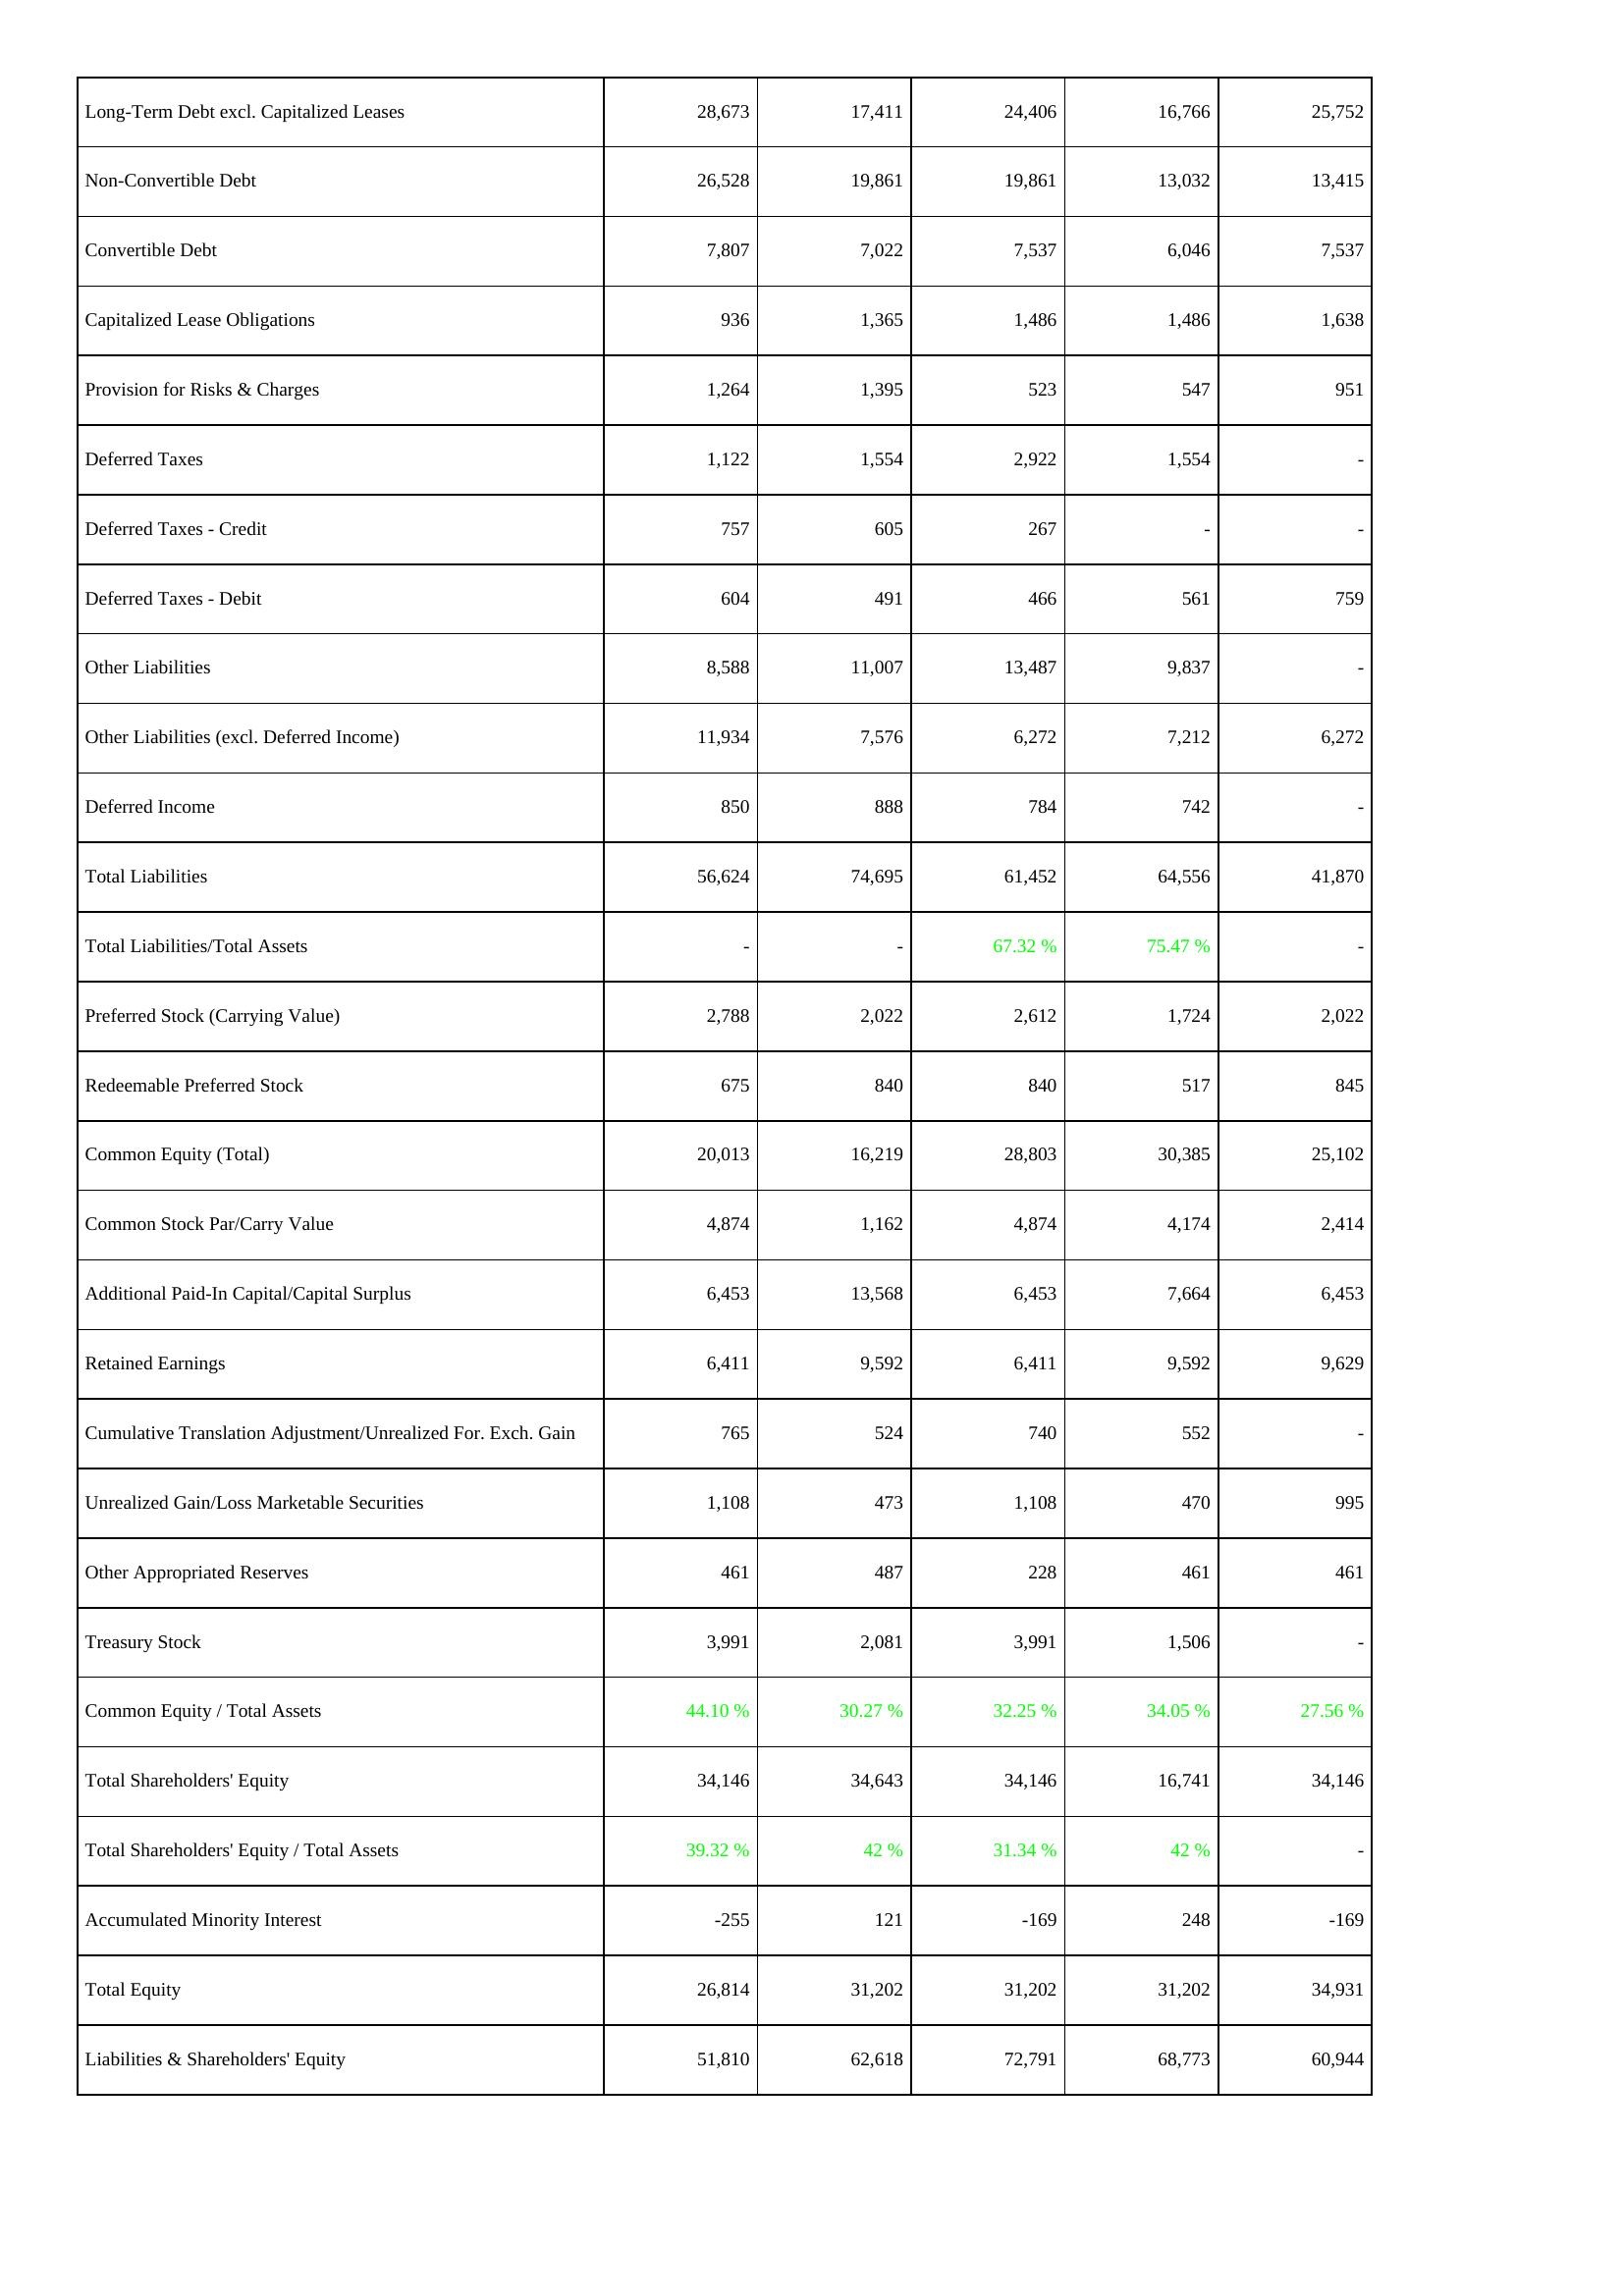
2011: Liabilities & Shareholders' Equity: Long-Term Debt excl. Capitalized Leases: 28,673
Non-Convertible Debt: 26,528
Convertible Debt: 7,807
Capitalized Lease Obligations: 936
Provision for Risks & Charges: 1,264
Deferred Taxes: 1,122
Deferred Taxes - Credit: 757
Deferred Taxes - Debit: 604
Other Liabilities: 8,588
Other Liabilities (excl. Deferred Income): 11,934
Deferred Income: 850
Total Liabilities: 56,624
Total Liabilities/Total Assets: -
Preferred Stock (Carrying Value): 2,788
Redeemable Preferred Stock: 675
Common Equity (Total): 20,013
Common Stock Par/Carry Value: 4,874
Additional Paid-In Capital/Capital Surplus: 6,453
Retained Earnings: 6,411
Cumulative Translation Adjustment/Unrealized For. Exch. Gain: 765
Unrealized Gain/Loss Marketable Securities: 1,108
Other Appropriated Reserves: 461
Treasury Stock: 3,991
Common Equity / Total Assets: 44.10 %
Total Shareholders' Equity: 34,146
Total Shareholders' Equity / Total Assets: 39.32 %
Accumulated Minority Interest: -255
Total Equity: 26,814
Liabilities & Shareholders' Equity: 51,810
2012: Liabilities & Shareholders' Equity: Long-Term Debt excl. Capitalized Leases: 17,411
Non-Convertible Debt: 19,861
Convertible Debt: 7,022
Capitalized Lease Obligations: 1,365
Provision for Risks & Charges: 1,395
Deferred Taxes: 1,554
Deferred Taxes - Credit: 605
Deferred Taxes - Debit: 491
Other Liabilities: 11,007
Other Liabilities (excl. Deferred Income): 7,576
Deferred Income: 888
Total Liabilities: 74,695
Total Liabilities/Total Assets: -
Preferred Stock (Carrying Value): 2,022
Redeemable Preferred Stock: 840
Common Equity (Total): 16,219
Common Stock Par/Carry Value: 1,162
Additional Paid-In Capital/Capital Surplus: 13,568
Retained Earnings: 9,592
Cumulative Translation Adjustment/Unrealized For. Exch. Gain: 524
Unrealized Gain/Loss Marketable Securities: 473
Other Appropriated Reserves: 487
Treasury Stock: 2,081
Common Equity / Total Assets: 30.27 %
Total Shareholders' Equity: 34,643
Total Shareholders' Equity / Total Assets: 42 %
Accumulated Minority Interest: 121
Total Equity: 31,202
Liabilities & Shareholders' Equity: 62,618
2013: Liabilities & Shareholders' Equity: Long-Term Debt excl. Capitalized Leases: 24,406
Non-Convertible Debt: 19,861
Convertible Debt: 7,537
Capitalized Lease Obligations: 1,486
Provision for Risks & Charges: 523
Deferred Taxes: 2,922
Deferred Taxes - Credit: 267
Deferred Taxes - Debit: 466
Other Liabilities: 13,487
Other Liabilities (excl. Deferred Income): 6,272
Deferred Income: 784
Total Liabilities: 61,452
Total Liabilities/Total Assets: 67.32 %
Preferred Stock (Carrying Value): 2,612
Redeemable Preferred Stock: 840
Common Equity (Total): 28,803
Common Stock Par/Carry Value: 4,874
Additional Paid-In Capital/Capital Surplus: 6,453
Retained Earnings: 6,411
Cumulative Translation Adjustment/Unrealized For. Exch. Gain: 740
Unrealized Gain/Loss Marketable Securities: 1,108
Other Appropriated Reserves: 228
Treasury Stock: 3,991
Common Equity / Total Assets: 32.25 %
Total Shareholders' Equity: 34,146
Total Shareholders' Equity / Total Assets: 31.34 %
Accumulated Minority Interest: -169
Total Equity: 31,202
Liabilities & Shareholders' Equity: 72,791
2014: Liabilities & Shareholders' Equity: Long-Term Debt excl. Capitalized Leases: 16,766
Non-Convertible Debt: 13,032
Convertible Debt: 6,046
Capitalized Lease Obligations: 1,486
Provision for Risks & Charges: 547
Deferred Taxes: 1,554
Deferred Taxes - Credit: -
Deferred Taxes - Debit: 561
Other Liabilities: 9,837
Other Liabilities (excl. Deferred Income): 7,212
Deferred Income: 742
Total Liabilities: 64,556
Total Liabilities/Total Assets: 75.47 %
Preferred Stock (Carrying Value): 1,724
Redeemable Preferred Stock: 517
Common Equity (Total): 30,385
Common Stock Par/Carry Value: 4,174
Additional Paid-In Capital/Capital Surplus: 7,664
Retained Earnings: 9,592
Cumulative Translation Adjustment/Unrealized For. Exch. Gain: 552
Unrealized Gain/Loss Marketable Securities: 470
Other Appropriated Reserves: 461
Treasury Stock: 1,506
Common Equity / Total Assets: 34.05 %
Total Shareholders' Equity: 16,741
Total Shareholders' Equity / Total Assets: 42 %
Accumulated Minority Interest: 248
Total Equity: 31,202
Liabilities & Shareholders' Equity: 68,773
2015: Liabilities & Shareholders' Equity: Long-Term Debt excl. Capitalized Leases: 25,752
Non-Convertible Debt: 13,415
Convertible Debt: 7,537
Capitalized Lease Obligations: 1,638
Provision for Risks & Charges: 951
Deferred Taxes: -
Deferred Taxes - Credit: -
Deferred Taxes - Debit: 759
Other Liabilities: -
Other Liabilities (excl. Deferred Income): 6,272
Deferred Income: -
Total Liabilities: 41,870
Total Liabilities/Total Assets: -
Preferred Stock (Carrying Value): 2,022
Redeemable Preferred Stock: 845
Common Equity (Total): 25,102
Common Stock Par/Carry Value: 2,414
Additional Paid-In Capital/Capital Surplus: 6,453
Retained Earnings: 9,629
Cumulative Translation Adjustment/Unrealized For. Exch. Gain: -
Unrealized Gain/Loss Marketable Securities: 995
Other Appropriated Reserves: 461
Treasury Stock: -
Common Equity / Total Assets: 27.56 %
Total Shareholders' Equity: 34,146
Total Shareholders' Equity / Total Assets: -
Accumulated Minority Interest: -169
Total Equity: 34,931
Liabilities & Shareholders' Equity: 60,944